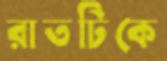
রাতটিকে